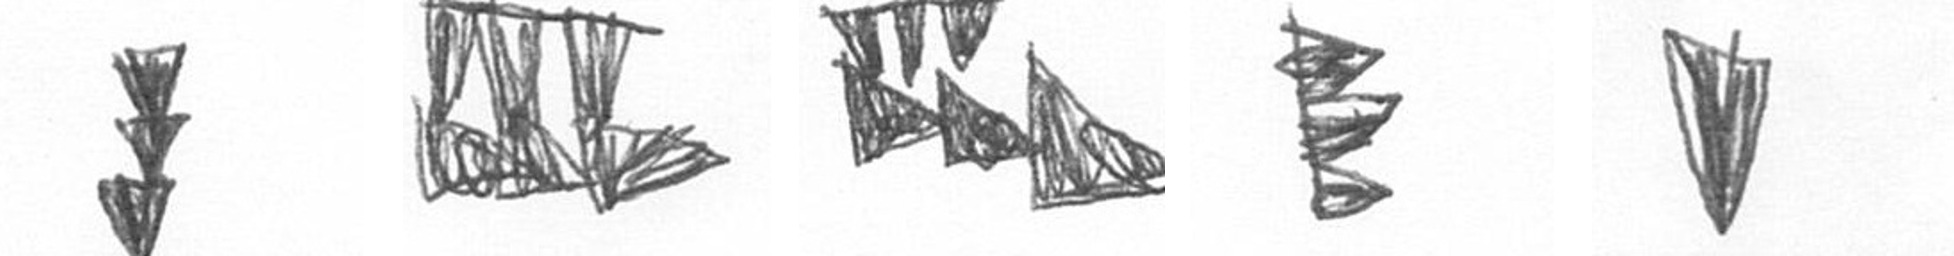
E D D H J